system: You are a helpful assistant.
user:
Analyze the provided spectrum to determine if it is a **M-type Giant (gM)**.

A M-type Giant spectrum is defined by its **strong molecular absorption** features, particularly from **Titanium Oxide (TiO)**. You must check for one of the following mutually exclusive signatures:

- **Key Visual Indicators (Absorption-Dominated Spectrum):**

    - **(Primary):** The spectrum is dominated by strong molecular absorption from **Titanium Oxide (TiO)**. This is the **defining feature** of its M-type temperature class.
        - **(Key Bandheads):** Look for sharp, "saw-tooth" absorption valleys. The strongest are located near **~7050 Å**, **~6160 Å**, and **~5170 Å**.
        - **(Line Profile):** The "saw-tooth" morphology is critical: a **sharp, steep drop on the BLUE (short-wavelength) side** of the bandhead, followed by a gradual recovery (rising flux) towards the RED (long-wavelength) side.

    - **(Key Confirmation - Giant vs. Dwarf):** **ABSENCE** of strong **Calcium Hydride (CaH)** molecular bands. This is the primary diagnostic for *excluding* M-dwarfs.
        - **(Key Region):** The spectrum should lack the strong, broad absorption band seen in dwarfs between **~6800 Å and ~7000 Å**.

    - **(Secondary Confirmation - Giant):** A very strong and broad **Neutral Calcium (Ca I)** atomic absorption line.
        - **(Key Line):** Located at **~4226 Å**. In a giant (gM), this line is significantly deeper and broader than the same line in an M-dwarf (dM) due to low surface gravity.

    - **(Overall Spectrum):**
        - The continuum is **extremely red-sloping** (i.e., flux is very low in the blue and rises dramatically towards the red).
        - The entire spectrum appears "chopped up" by the deep TiO bands.

Think first, call **spectral_visualization_tool** if needed to examine features in detail, then provide your final answer. Your response must adhere to the following strict rules:
1.  **Overall Structure:** Your response must follow the format `<think>...</think> <tool_call>...</tool_call> (if a tool is used) <answer>...</answer>`.
2.  **Tool Usage Constraint:** You may only make **one** tool call per turn.
3.  **Final Answer Format:** In the `<answer>` tag, your conclusion must be inside a `\boxed{}` command (e.g., `\boxed{YES}` or `\boxed{NO}`), followed by your justification.

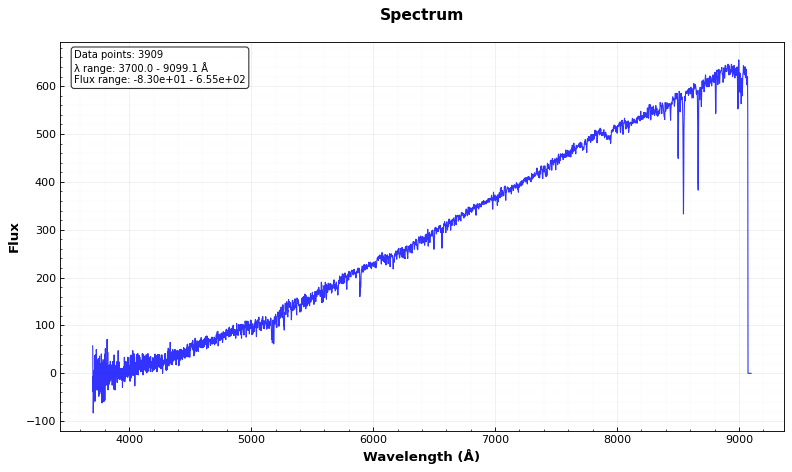
Answer: NO